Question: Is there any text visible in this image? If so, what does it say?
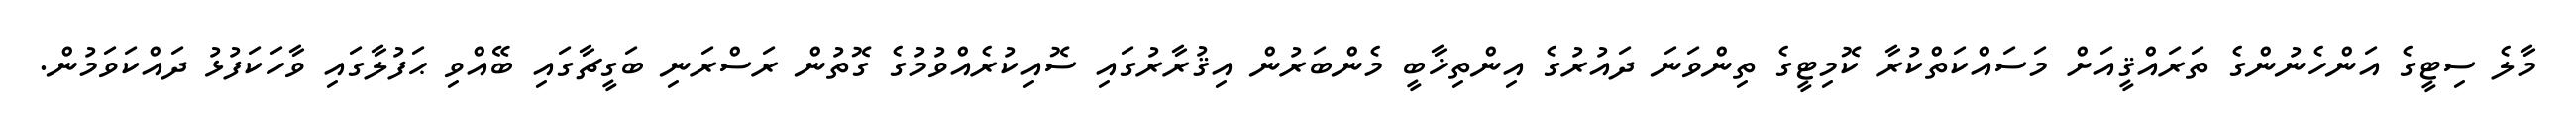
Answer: މާލެ ސިޓީގެ އަންހެނުންގެ ތަރައްޤީއަށް މަސައްކަތްކުރާ ކޮމިޓީގެ ތިންވަނަ ދައުރުގެ އިންތިޚާބީ މެންބަރުން އިޤުރާރުގައި ސޮއިކުރެއްވުމުގެ ގޮތުން ރަސްރަނި ބަގީޗާގައި ބޭއްވި ޙަފުލާގައި ވާހަކަފުޅު ދައްކަވަމުން.